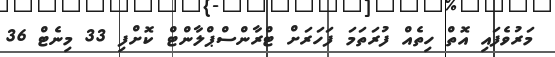
މަރުވެފައި އޮތް ހިތެއް ފުރަތަމަ ފަހަރަށް ޓްރާންސްޕްލާންޓް ކޮށްފި 33 މިނެޓް 36